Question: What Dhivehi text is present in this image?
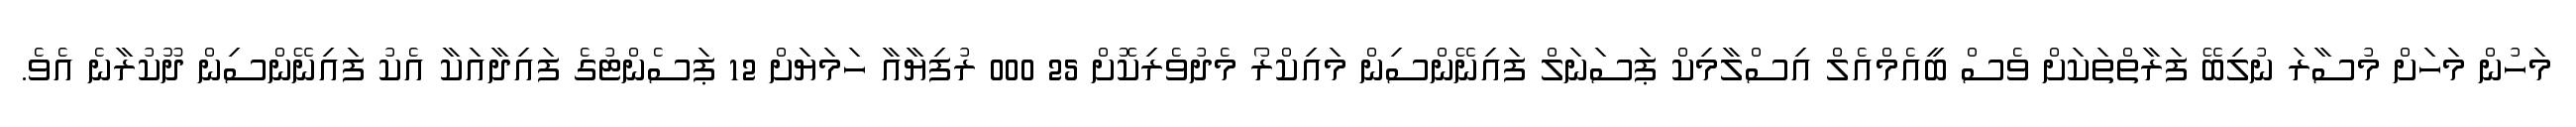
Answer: މަހުން މަހަށް މުސާރަ ނުލިބޭ ފަރާތްތަކަށް ވެސް ބީއެމްއެލް އިސްލާމިކް ޕަސަނަލް ފައިނޭންސިން މައިކްރޯ މެދުވެރިކޮށް 25 000 ރުފިޔާއާ ހަމަޔަށް 12 ޕަސެންޓުގެ ފައިދާއަކާ އެކު ފައިނޭންސިން ދޫކުރާނެ އެވެ.